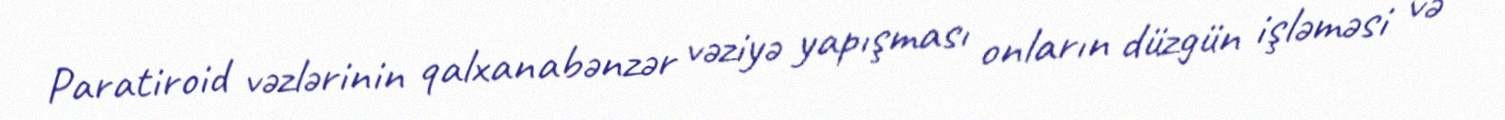
Paratiroid vəzlərinin qalxanabənzər vəziyə yapışması onların düzgün işləməsi və